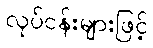
လုပ်ငန်းများဖြင့်